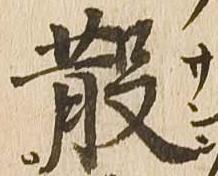
散